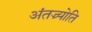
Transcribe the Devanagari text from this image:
अंतज्र्योति